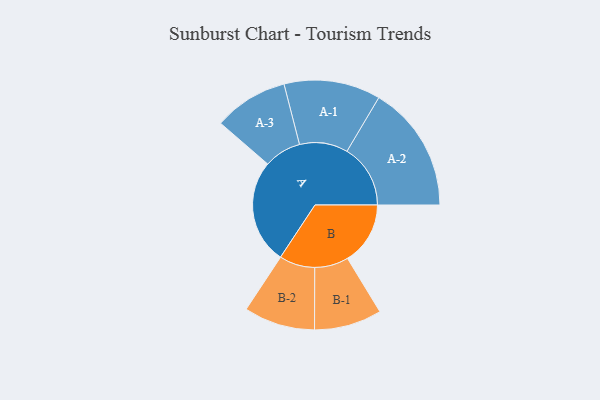
{"axis": {"x": "Segment", "y": "Value"}, "legend": ["", "A", "B"], "data": [{"x": "A", "y": 460, "type": ""}, {"x": "B", "y": 277, "type": ""}, {"x": "A-1", "y": 213, "type": "A"}, {"x": "A-2", "y": 280, "type": "A"}, {"x": "A-3", "y": 164, "type": "A"}, {"x": "B-1", "y": 149, "type": "B"}, {"x": "B-2", "y": 157, "type": "B"}]}